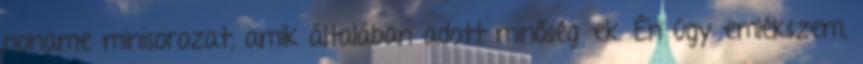
noname minisorozat, amik általában adott minőségűek. Én úgy emlékszem,